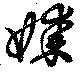
媒